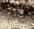
رآه